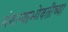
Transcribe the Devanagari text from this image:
बंगल्याभोवतीच्या